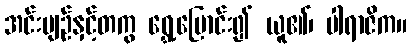
အင်းပျဉ်နှင့်တကွ ရွှေ့ပြောင်း၍ ယူ၏၊ ပါရာဇိက။